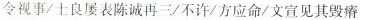
令视事/士良屡表陈诚再三/不许/方应命/文宣见其毁瘠